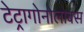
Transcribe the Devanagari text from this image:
टेट्रागोनोलोबस